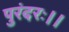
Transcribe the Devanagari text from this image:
पुरंदरः।।